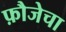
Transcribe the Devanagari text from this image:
फ़ौजेचा